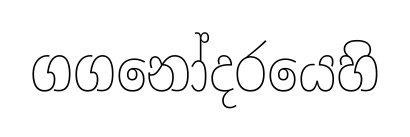
ගගනෝදරයෙහි